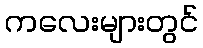
ကလေးများတွင်